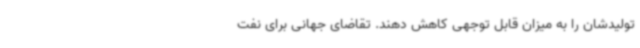
تولیدشان را به میزان قابل توجهی کاهش دهند. تقاضای جهانی برای نفت